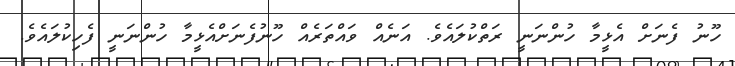
ހޫނު ފެނަށް އެޅީމާ ހުންނަނީ ރަތްކުލައެވެ. އަނެއް ވައްތަރެއް ހޫނުފެނަށްއެޅީމާ ހުންނަނީ ފެހިކުލައެވެ.